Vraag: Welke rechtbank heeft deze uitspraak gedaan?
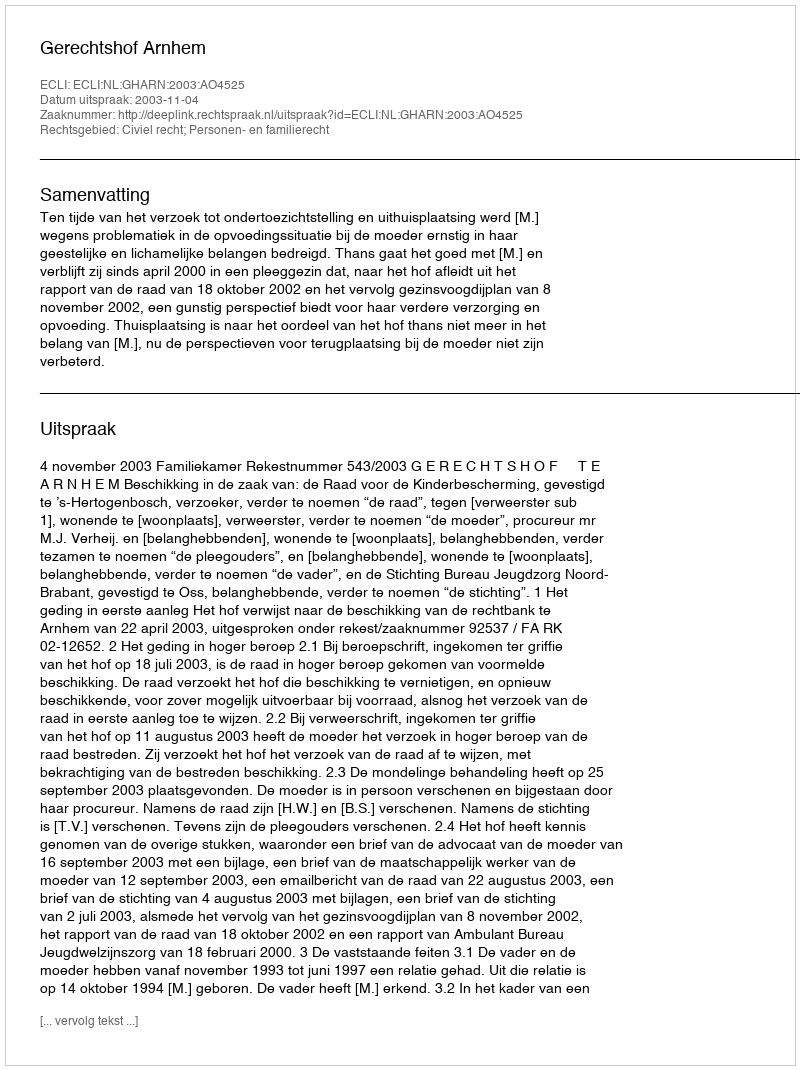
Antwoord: Gerechtshof Arnhem